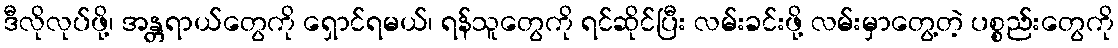
ဒီလိုလုပ်ဖို့၊ အန္တရာယ်တွေကို ရှောင်ရမယ်၊ ရန်သူတွေကို ရင်ဆိုင်ပြီး လမ်းခင်းဖို့ လမ်းမှာတွေ့တဲ့ ပစ္စည်းတွေကို